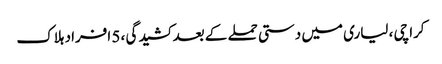
کراچی ، لیاری میں دستی حملے کے بعد کشیدگی ، 5 افراد ہلاک